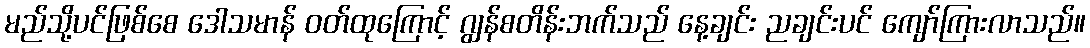
မည်သို့ပင်ဖြစ်စေ ဒေါသမာန် ဝတ်ထုကြောင့် ဂျွန်စတိန်းဘက်သည် နေ့ချင်း ညချင်းပင် ကျော်ကြားလာသည်။